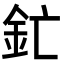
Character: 釯